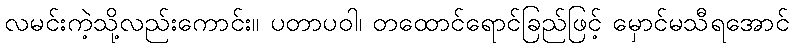
လမင်းကဲ့သို့လည်းကောင်း။ ပတာပဝါ၊ တထောင်ရောင်ခြည်ဖြင့် မှောင်မသီရအောင်